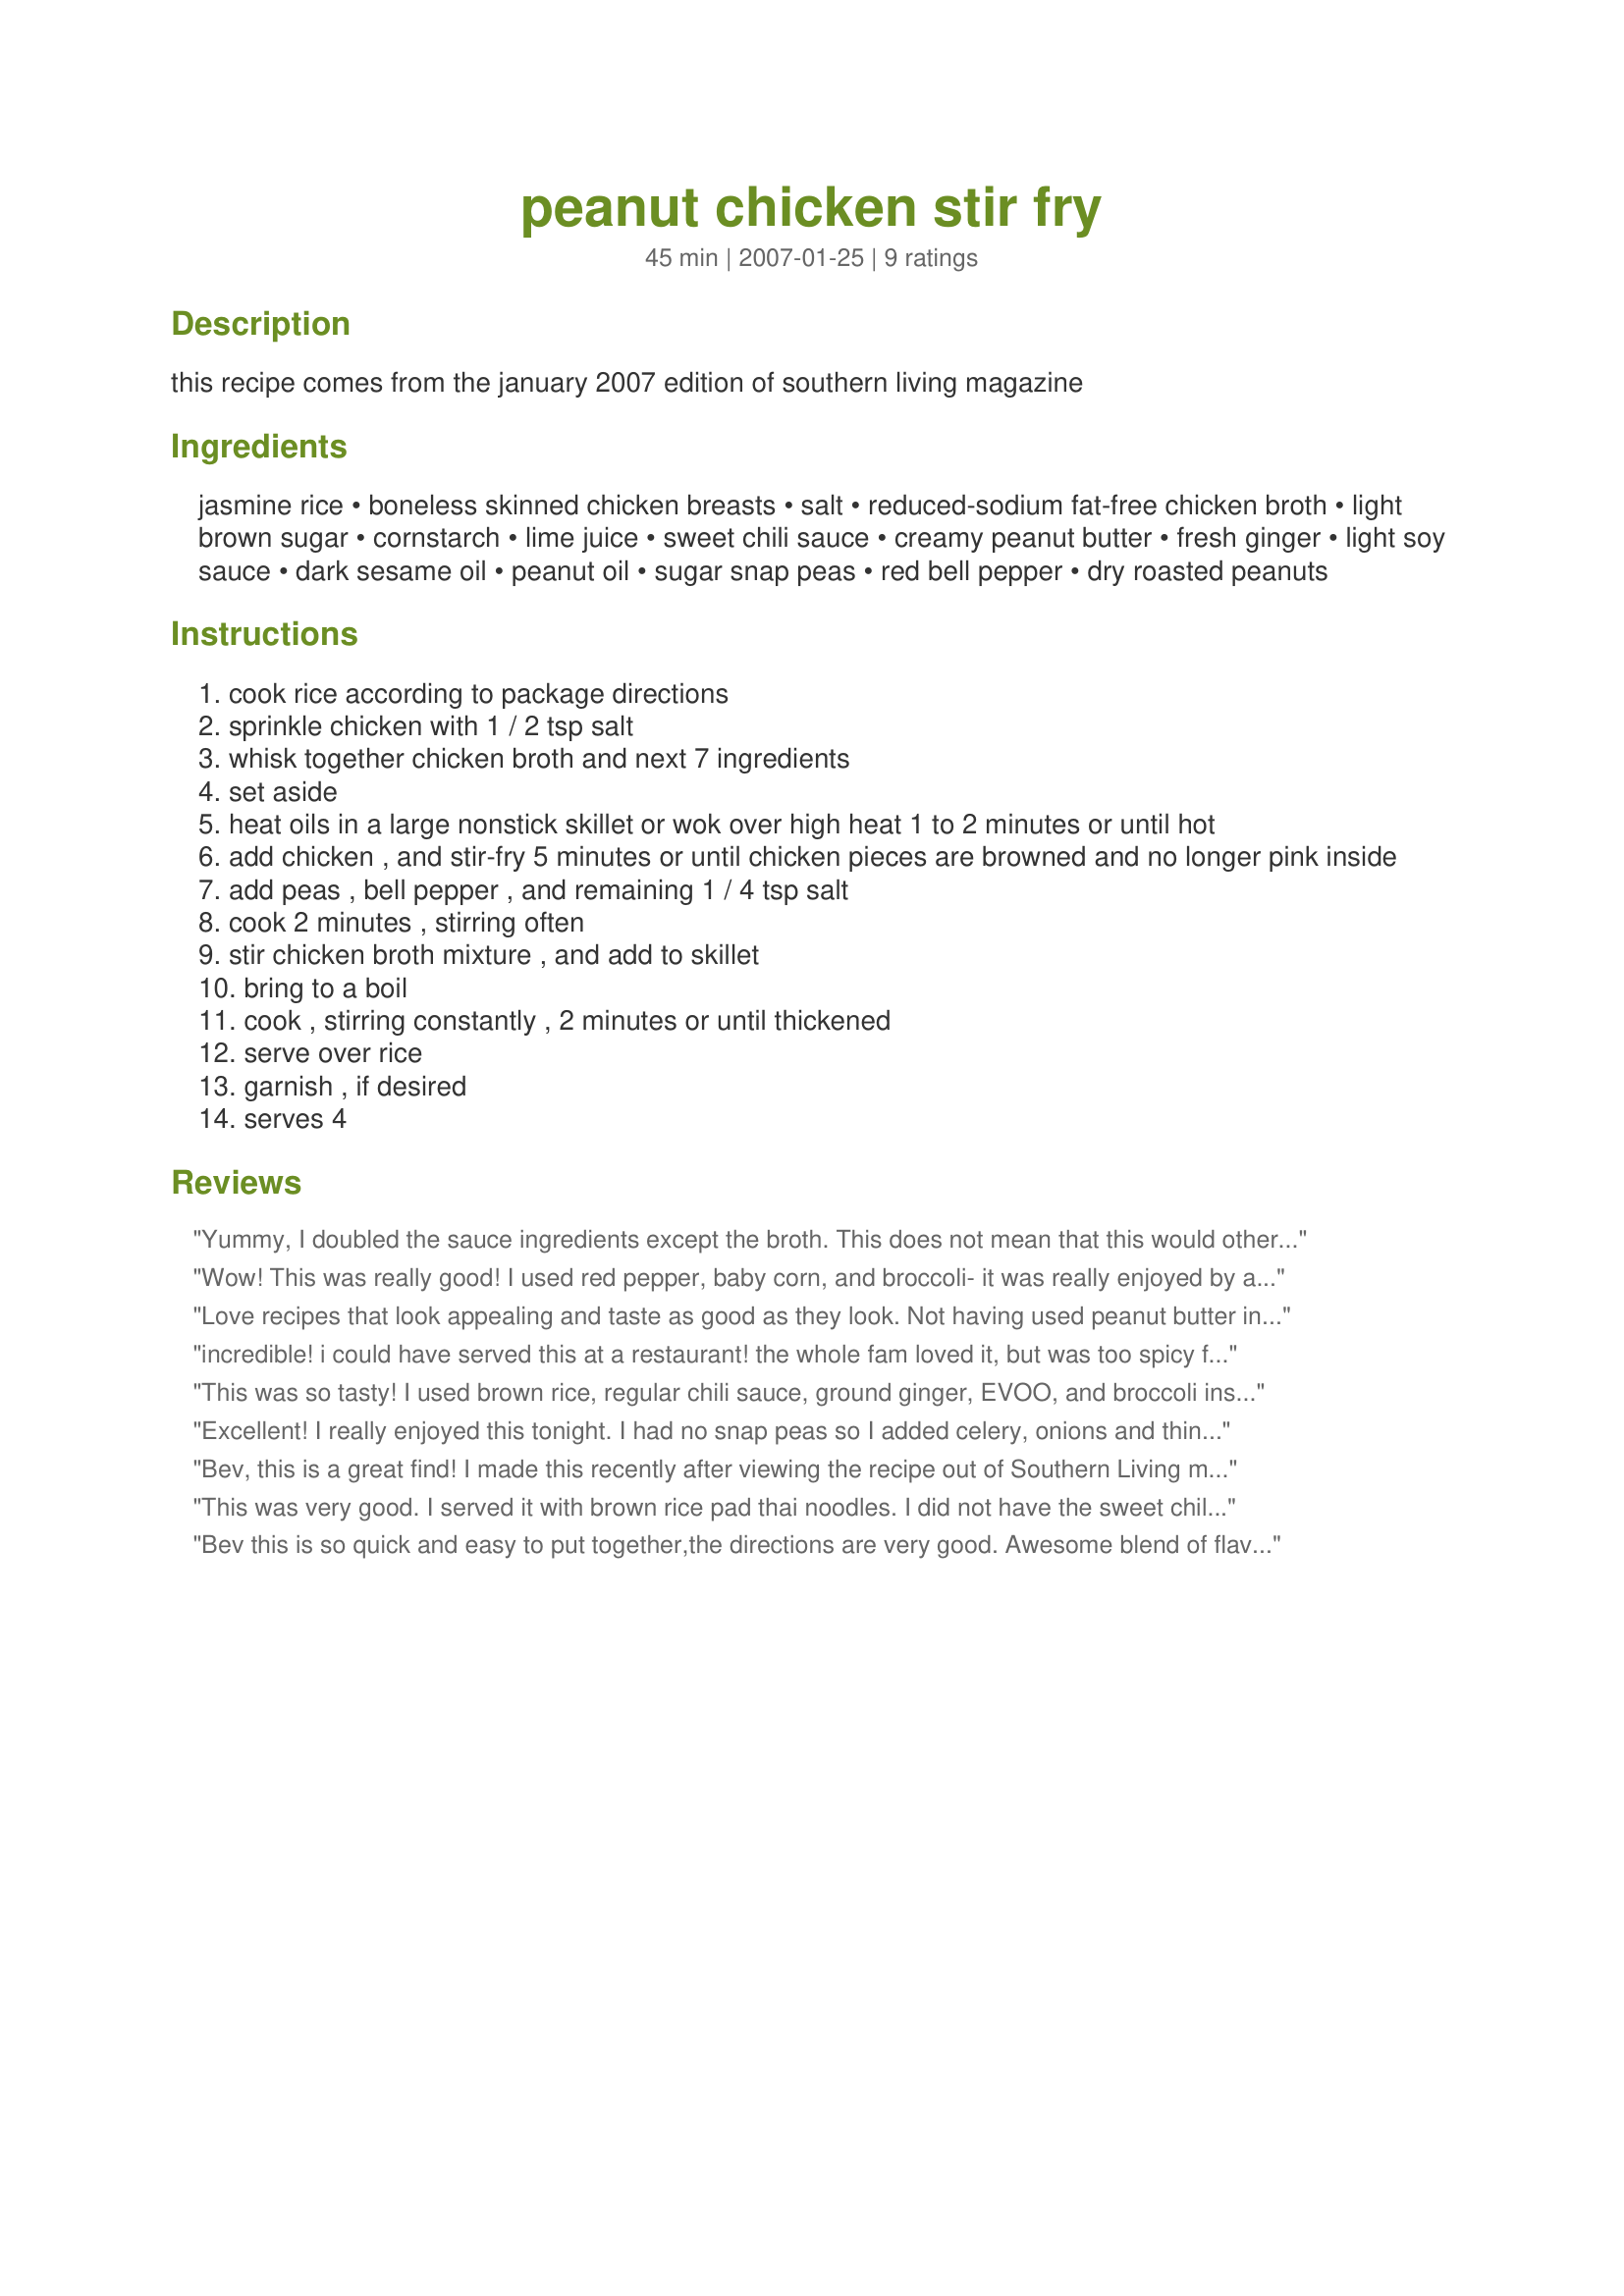
peanut chicken stir fry
Preparation time: 45 minutes

this recipe comes from the january 2007 edition of southern living magazine

Ingredients:
jasmine rice, boneless skinned chicken breasts, salt, reduced-sodium fat-free chicken broth, light brown sugar, cornstarch, lime juice, sweet chili sauce, creamy peanut butter, fresh ginger, light soy sauce, dark sesame oil, peanut oil, sugar snap peas, red bell pepper, dry roasted peanuts

Steps:
cook rice according to package directions
sprinkle chicken with 1 / 2 tsp salt
whisk together chicken broth and next 7 ingredients
set aside
heat oils in a large nonstick skillet or wok over high heat 1 to 2 minutes or until hot
add chicken , and stir-fry 5 minutes or until chicken pieces are browned and no longer pink inside
add peas , bell pepper , and remaining 1 / 4 tsp salt
cook 2 minutes , stirring often
stir chicken broth mixture , and add to skillet
bring to a boil
cook , stirring constantly , 2 minutes or until thickened
serve over rice
garnish , if desired
serves 4

Reviews:
Yummy, I doubled the sauce ingredients except the broth. This does not mean that this would otherwise have been dry, but I often do that with recipes, we tend to like things saucy.
Wow! This was really good! I used red pepper, baby corn, and broccoli- it was really enjoyed by all and was requested to be made again!
Love recipes that look appealing and taste as good as they look. Not having used peanut butter in main courses until recently we find we love the flavor it adds. Other then not using dark sesame oil I made as posted. (Used regular sesame oil because that is what I had on hand.) It is a wonderful combination for a stir fry and one that has already seen to requests for a repeat. A winner at our house. Thank you Bev.
incredible! i could have served this at a restaurant! the whole fam loved it, but was too spicy for my mom.. i did add some sambal oelek and a dash of fish sauce.. great recipe! i will make again and again.. thanks!
This was so tasty! I used brown rice, regular chili sauce, ground ginger, EVOO, and broccoli instead of peas. I steamed the broccoli for a couple minutes first. I also added some slices of onion. This was very filling and yummy. Definitely a keeper.
Excellent! I really enjoyed this tonight. I had no snap peas so I added celery, onions and thinly sliced carrots. 
I highly recommend this recipe.
Bev, this is a great find! I made this recently after viewing the recipe out of Southern Living magazine, I was so pleased to find this recipe on this site, it is fantasic! the amounts can be easily adjusted to taste, thanks for posting hon!...Kitten:)
This was very good. I served it with brown rice pad thai noodles. I did not have the sweet chili sauce so I added some red curry paste. Other than that I made as directed, adding more vegetables such as kohlrabi and broccoli. I also did not have the peanuts for garnish; we added some chopped cilantro instead which added an interesting flavor. I would definitely make this again.
Bev this is so quick and easy to put together,the directions are very good. Awesome blend of flavors. First time using sweet chili sauce, we liked it alot. Prepared the veggies and the chicken broth mixture ahead of time.I wouldnt change a thing its perfect. I forgot to pick up some dry roasted peanuts so I subbed with some sesame seeds. Can't wait to make this again.
